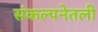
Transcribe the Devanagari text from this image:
संकल्पनेतली